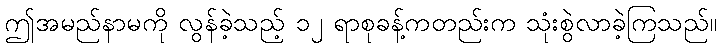
ဤအမည်နာမကို လွန်ခဲ့သည့် ၁၂ ရာစုခန့်ကတည်းက သုံးစွဲလာခဲ့ကြသည်။